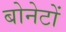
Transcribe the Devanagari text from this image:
बोनेटों